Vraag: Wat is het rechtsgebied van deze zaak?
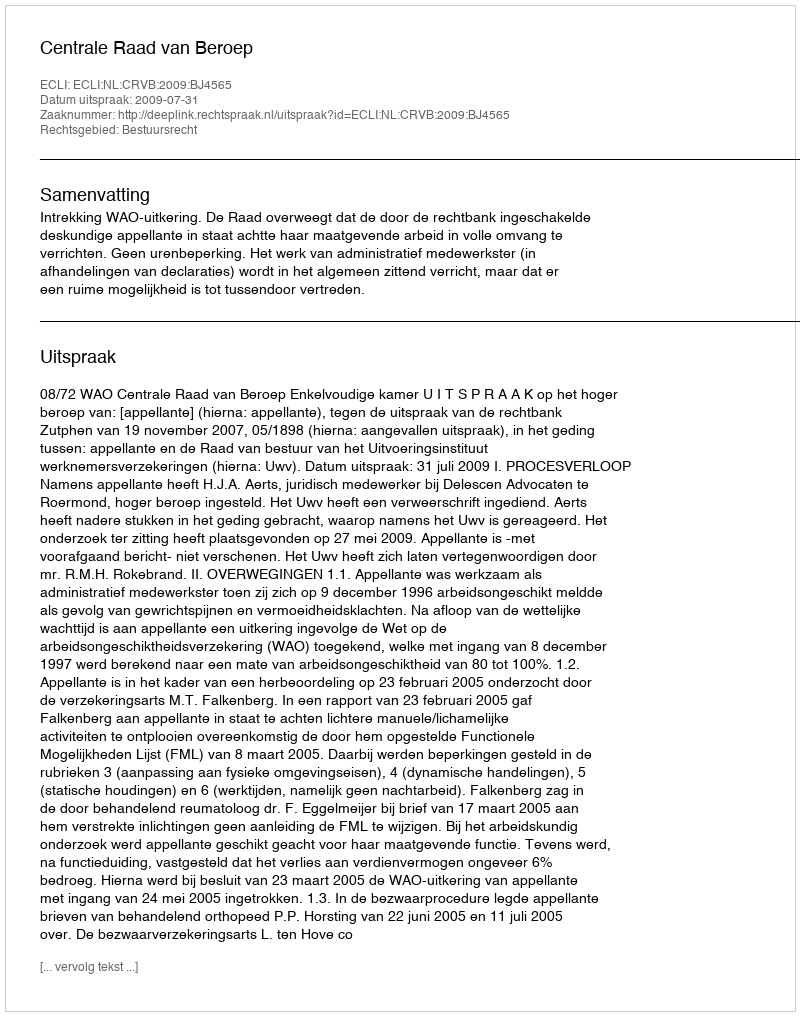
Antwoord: Bestuursrecht